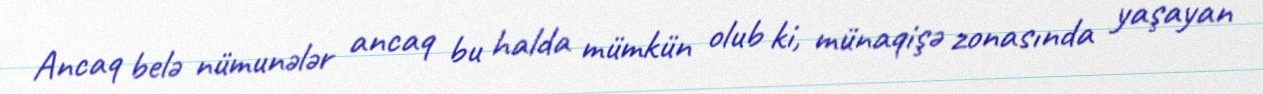
Ancaq belə nümunələr ancaq bu halda mümkün olub ki, münaqişə zonasında yaşayan